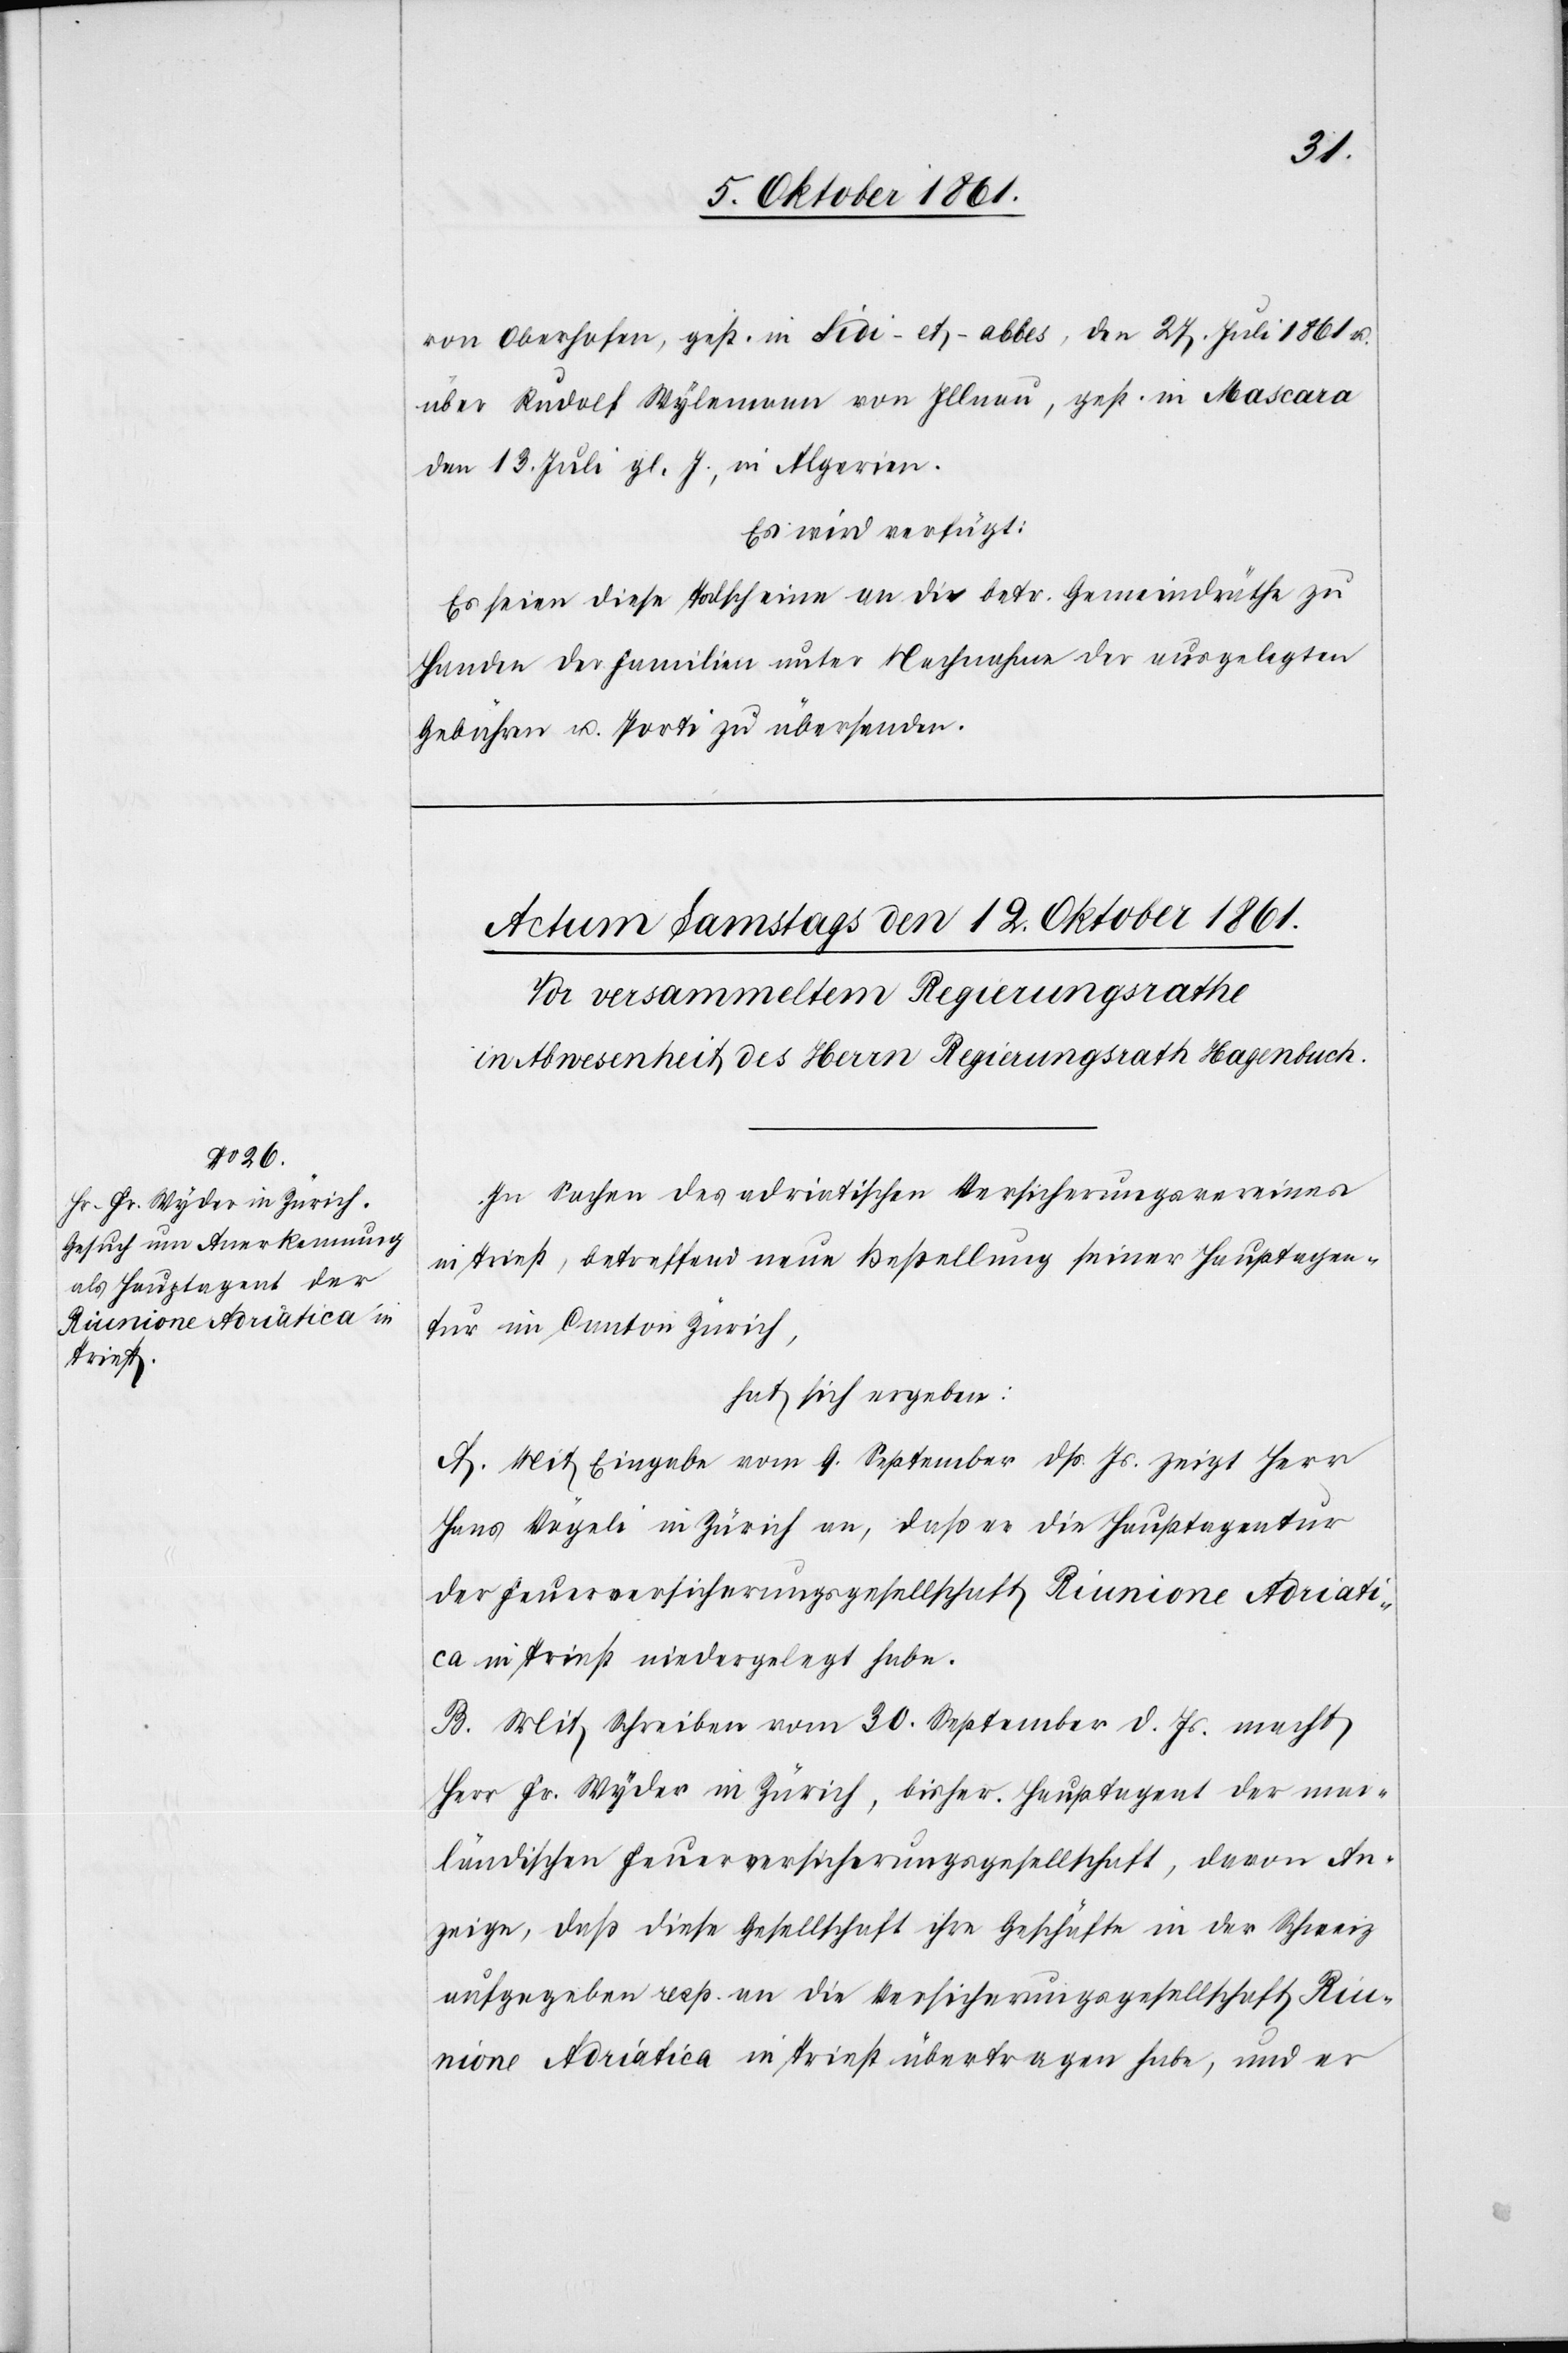
von Oberhofen, geb. in Sidi-et-abbes, den 27 Juli u.
über Rudolf Wylemann von Illnau, geb. in Mascara
den 13 Juli gl. Js., in Algerien.
Es wird verfügt:
Es seien diese Todscheine an die betr. Gemeindräthe zu
Handen der Familien unter Nachnahme der ausgelegten
Gebühren u. Porti zu übersenden.
In Sachen des adriatischen Versicherungsvereins
in Triest, betreffend neue Bestellung seiner Hauptagen¬
ten im Canton Zürich,
hat sich ergeben:
A. Mit Eingabe vom 9 September dß. Js. zeigt Herr
Hans Nägeli in Zürich an, daß es die Hauptagentur
der Feuerversicherungsgesellschaft Riunione Adriati¬
ca in Triest niedergelegt habe.
B. Mit Schreiben vom 30 September d. Js. macht
Herr Fr. Wyder in Zürich, bisher Hauptagent der mai¬
ländischen Feuerversicherungsgesellschaft, davon An¬
zeige, daß diese Gesellschaft ihre Geschäfte in der Schweiz
aufgegeben resp. an die Versicherungsgesellschaft Riu¬
nione Adriatica in Triest übertragen habe, und er